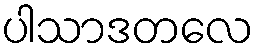
ပါသာဒတလေ